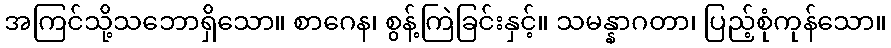
အကြင်သို့သဘောရှိသော။ စာဂေန၊ စွန့်ကြဲခြင်းနှင့်။ သမန္နာဂတာ၊ ပြည့်စုံကုန်သော။